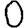
Digit: 0